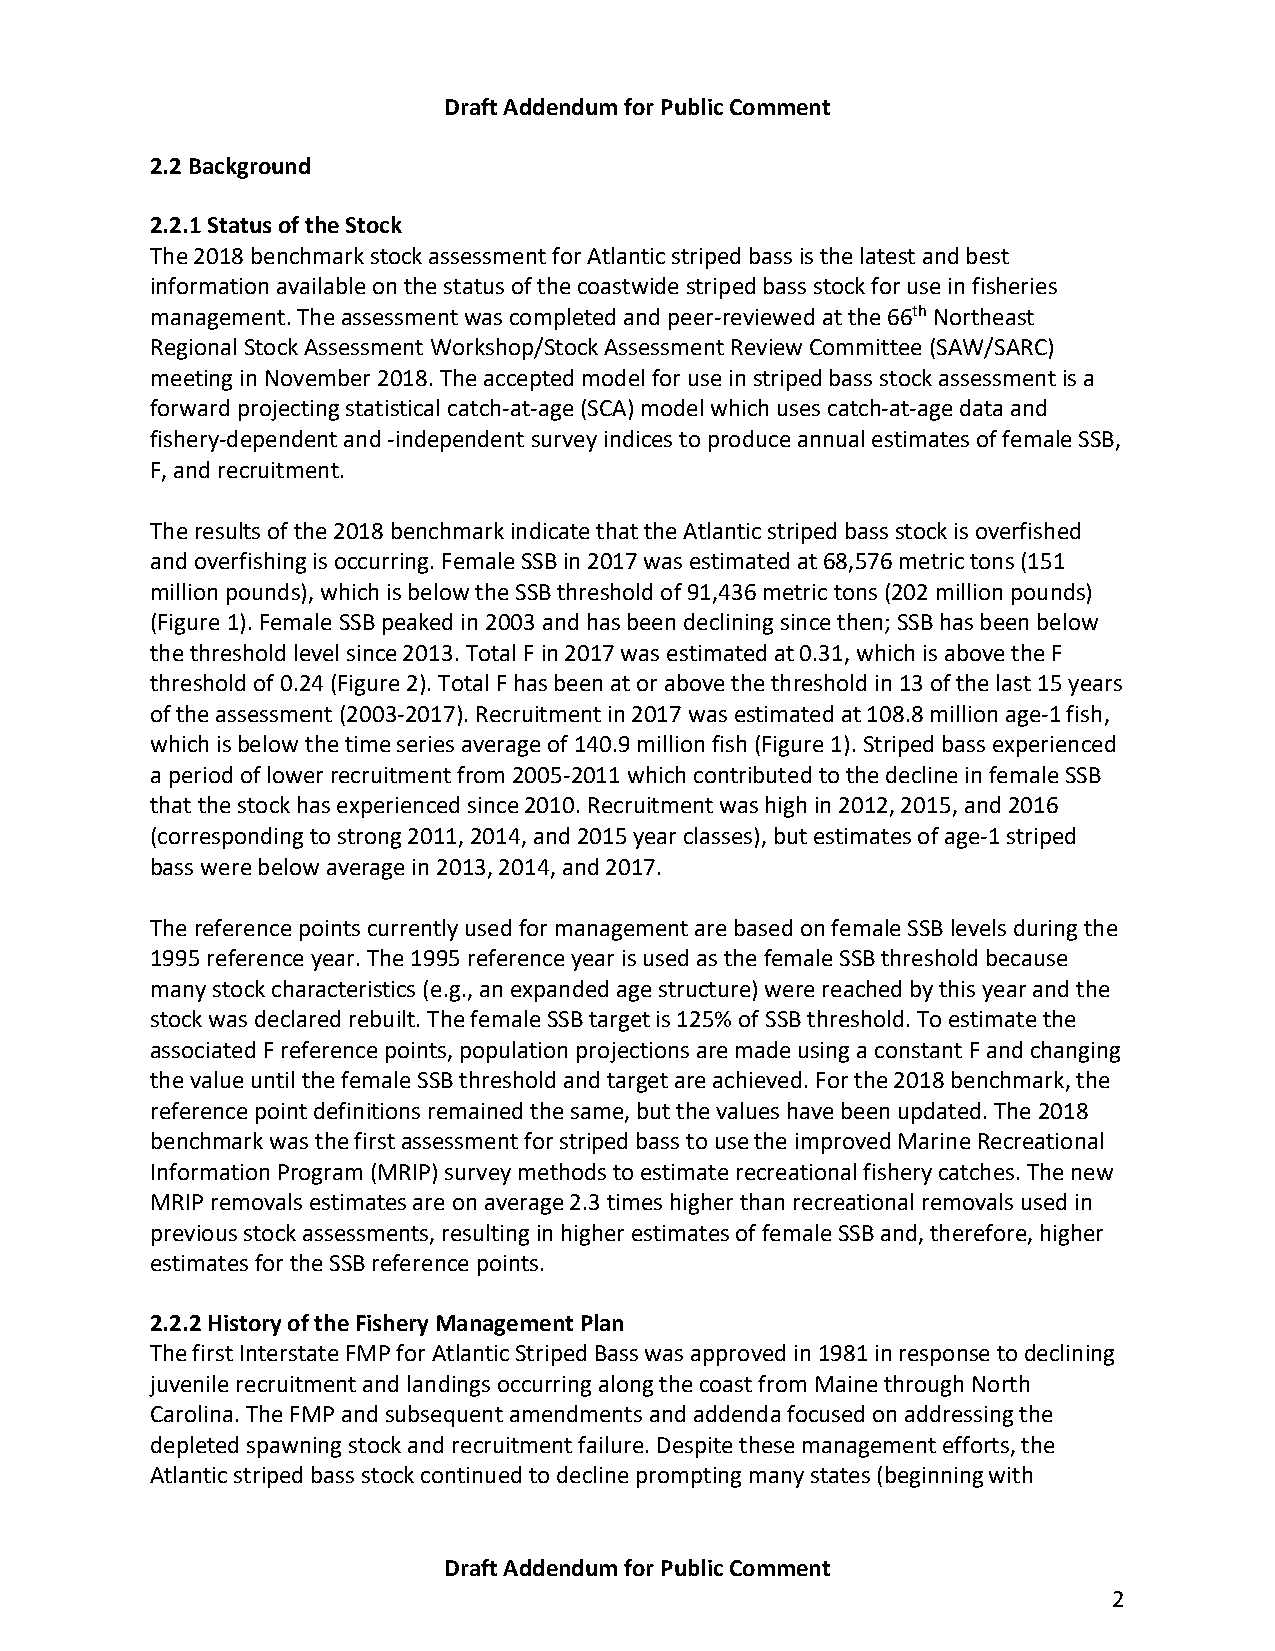
Draft Addendum for Public Comment
 2.2 Background
 2.2.1 Status of the Stock
 The 2018 benchmark stock assessment for Atlantic striped bass is the latest and best
 information available on the status of the coastwide striped bass stock for use in fisheries
 management. The assessment was completed and peer-reviewed at the 66th Northeast
 Regional Stock Assessment Workshop/Stock Assessment Review Committee (SAW/SARC)
 meeting in November 2018. The accepted model for use in striped bass stock assessment is a
 forward projecting statistical catch-at-age (SCA) model which uses catch-at-age data and
 fishery-dependent and -independent survey indices to produce annual estimates of female SSB,
 F, and recruitment.
 The results of the 2018 benchmark indicate that the Atlantic striped bass stock is overfished
 and overfishing is occurring. Female SSB in 2017 was estimated at 68,576 metric tons (151
 million pounds), which is below the SSB threshold of 91,436 metric tons (202 million pounds)
 (Figure 1). Female SSB peaked in 2003 and has been declining since then; SSB has been below
 the threshold level since 2013. Total F in 2017 was estimated at 0.31, which is above the F
 threshold of 0.24 (Figure 2). Total F has been at or above the threshold in 13 of the last 15 years
 of the assessment (2003-2017). Recruitment in 2017 was estimated at 108.8 million age-1 fish,
 which is below the time series average of 140.9 million fish (Figure 1). Striped bass experienced
 a period of lower recruitment from 2005-2011 which contributed to the decline in female SSB
 that the stock has experienced since 2010. Recruitment was high in 2012, 2015, and 2016
 (corresponding to strong 2011, 2014, and 2015 year classes), but estimates of age-1 striped
 bass were below average in 2013, 2014, and 2017.
 The reference points currently used for management are based on female SSB levels during the
 1995 reference year. The 1995 reference year is used as the female SSB threshold because
 many stock characteristics (e.g., an expanded age structure) were reached by this year and the
 stock was declared rebuilt. The female SSB target is 125% of SSB threshold. To estimate the
 associated F reference points, population projections are made using a constant F and changing
 the value until the female SSB threshold and target are achieved. For the 2018 benchmark, the
 reference point definitions remained the same, but the values have been updated. The 2018
 benchmark was the first assessment for striped bass to use the improved Marine Recreational
 Information Program (MRIP) survey methods to estimate recreational fishery catches. The new
 MRIP removals estimates are on average 2.3 times higher than recreational removals used in
 previous stock assessments, resulting in higher estimates of female SSB and, therefore, higher
 estimates for the SSB reference points.
 2.2.2 History of the Fishery Management Plan
 The first Interstate FMP for Atlantic Striped Bass was approved in 1981 in response to declining
 juvenile recruitment and landings occurring along the coast from Maine through North
 Carolina. The FMP and subsequent amendments and addenda focused on addressing the
 depleted spawning stock and recruitment failure. Despite these management efforts, the
 Atlantic striped bass stock continued to decline prompting many states (beginning with
 Draft Addendum for Public Comment
 2